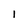
Character: 1